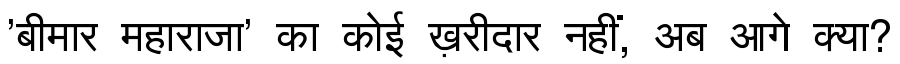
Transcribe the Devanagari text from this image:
'बीमार महाराजा' का कोई ख़रीदार नहीं, अब आगे क्या?